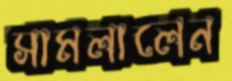
সামলালেন